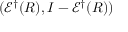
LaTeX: ( { \mathcal { E } } ^ { \dagger } ( R ) , I - { \mathcal { E } } ^ { \dagger } ( R ) )